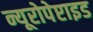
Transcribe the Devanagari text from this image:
न्यूरोपेप्टाइड